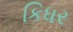
કિધર